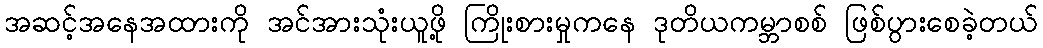
အဆင့်အနေအထားကို အင်အားသုံးယူဖို့ ကြိုးစားမှုကနေ ဒုတိယကမ္ဘာစစ် ဖြစ်ပွားစေခဲ့တယ်